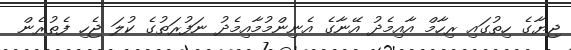
ޖިޔާގެ ހިތުގައި ރިހާމް އާއިމެދު އޭނާގެ އެނިންމުމާއިމެދު ނަފުރަތުގެ ކުލަ ޖެހި ފެތުރެން